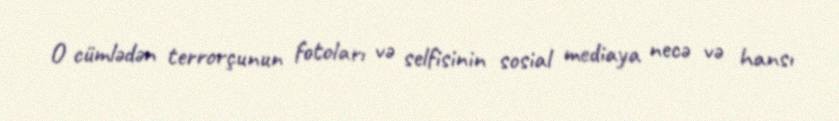
O cümlədən terrorçunun fotoları və selfisinin sosial mediaya necə və hansı